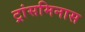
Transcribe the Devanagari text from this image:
ट्रांसमिनास